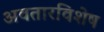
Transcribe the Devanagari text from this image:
अवतारविशेष